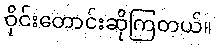
ဝိုင်းတောင်းဆိုကြတယ်။